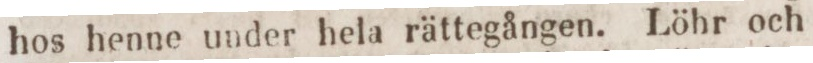
hos henne under hela rättegången. Löhr och